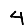
Digit: 4